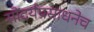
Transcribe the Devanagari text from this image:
सौंदर्यप्रसाधनेच